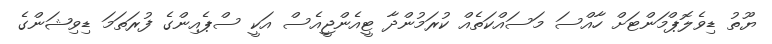
ޔޫތު ޑިވެލޮޕްމަންޓަށް ހާއްސަ މަސައްކަތެއް ކުރަމުންދާ ޓީއެންޖީއެސް އަކީ ސްޕެއިންގެ ފުރަތަމަ ޑިވިޝަންގެ